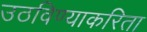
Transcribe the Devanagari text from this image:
उठविण्याकरिता